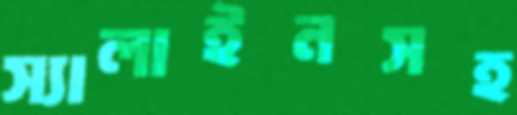
স্যালাইনসহ